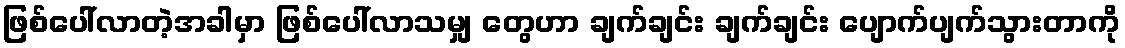
ဖြစ်ပေါ်လာတဲ့အခါမှာ ဖြစ်ပေါ်လာသမျှ တွေဟာ ချက်ချင်း ချက်ချင်း ပျောက်ပျက်သွားတာကို